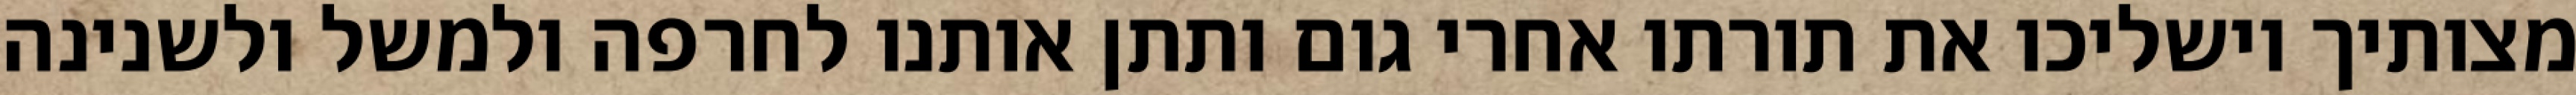
מצותיך וישליכו את תורתו אחרי גום ותתן אותנו לחרפה ולמשל ולשנינה